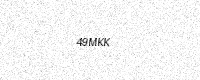
Text: 49MKK